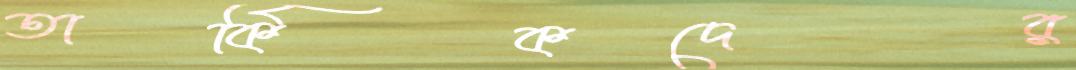
তার্কিকদের